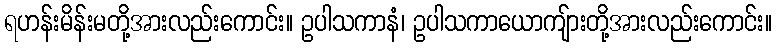
ရဟန်းမိန်းမတို့အားလည်းကောင်း။ ဥပါသကာနံ၊ ဥပါသကာယောကျ်ားတို့အားလည်းကောင်း။